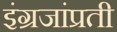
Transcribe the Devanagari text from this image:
इंग्रजांप्रती